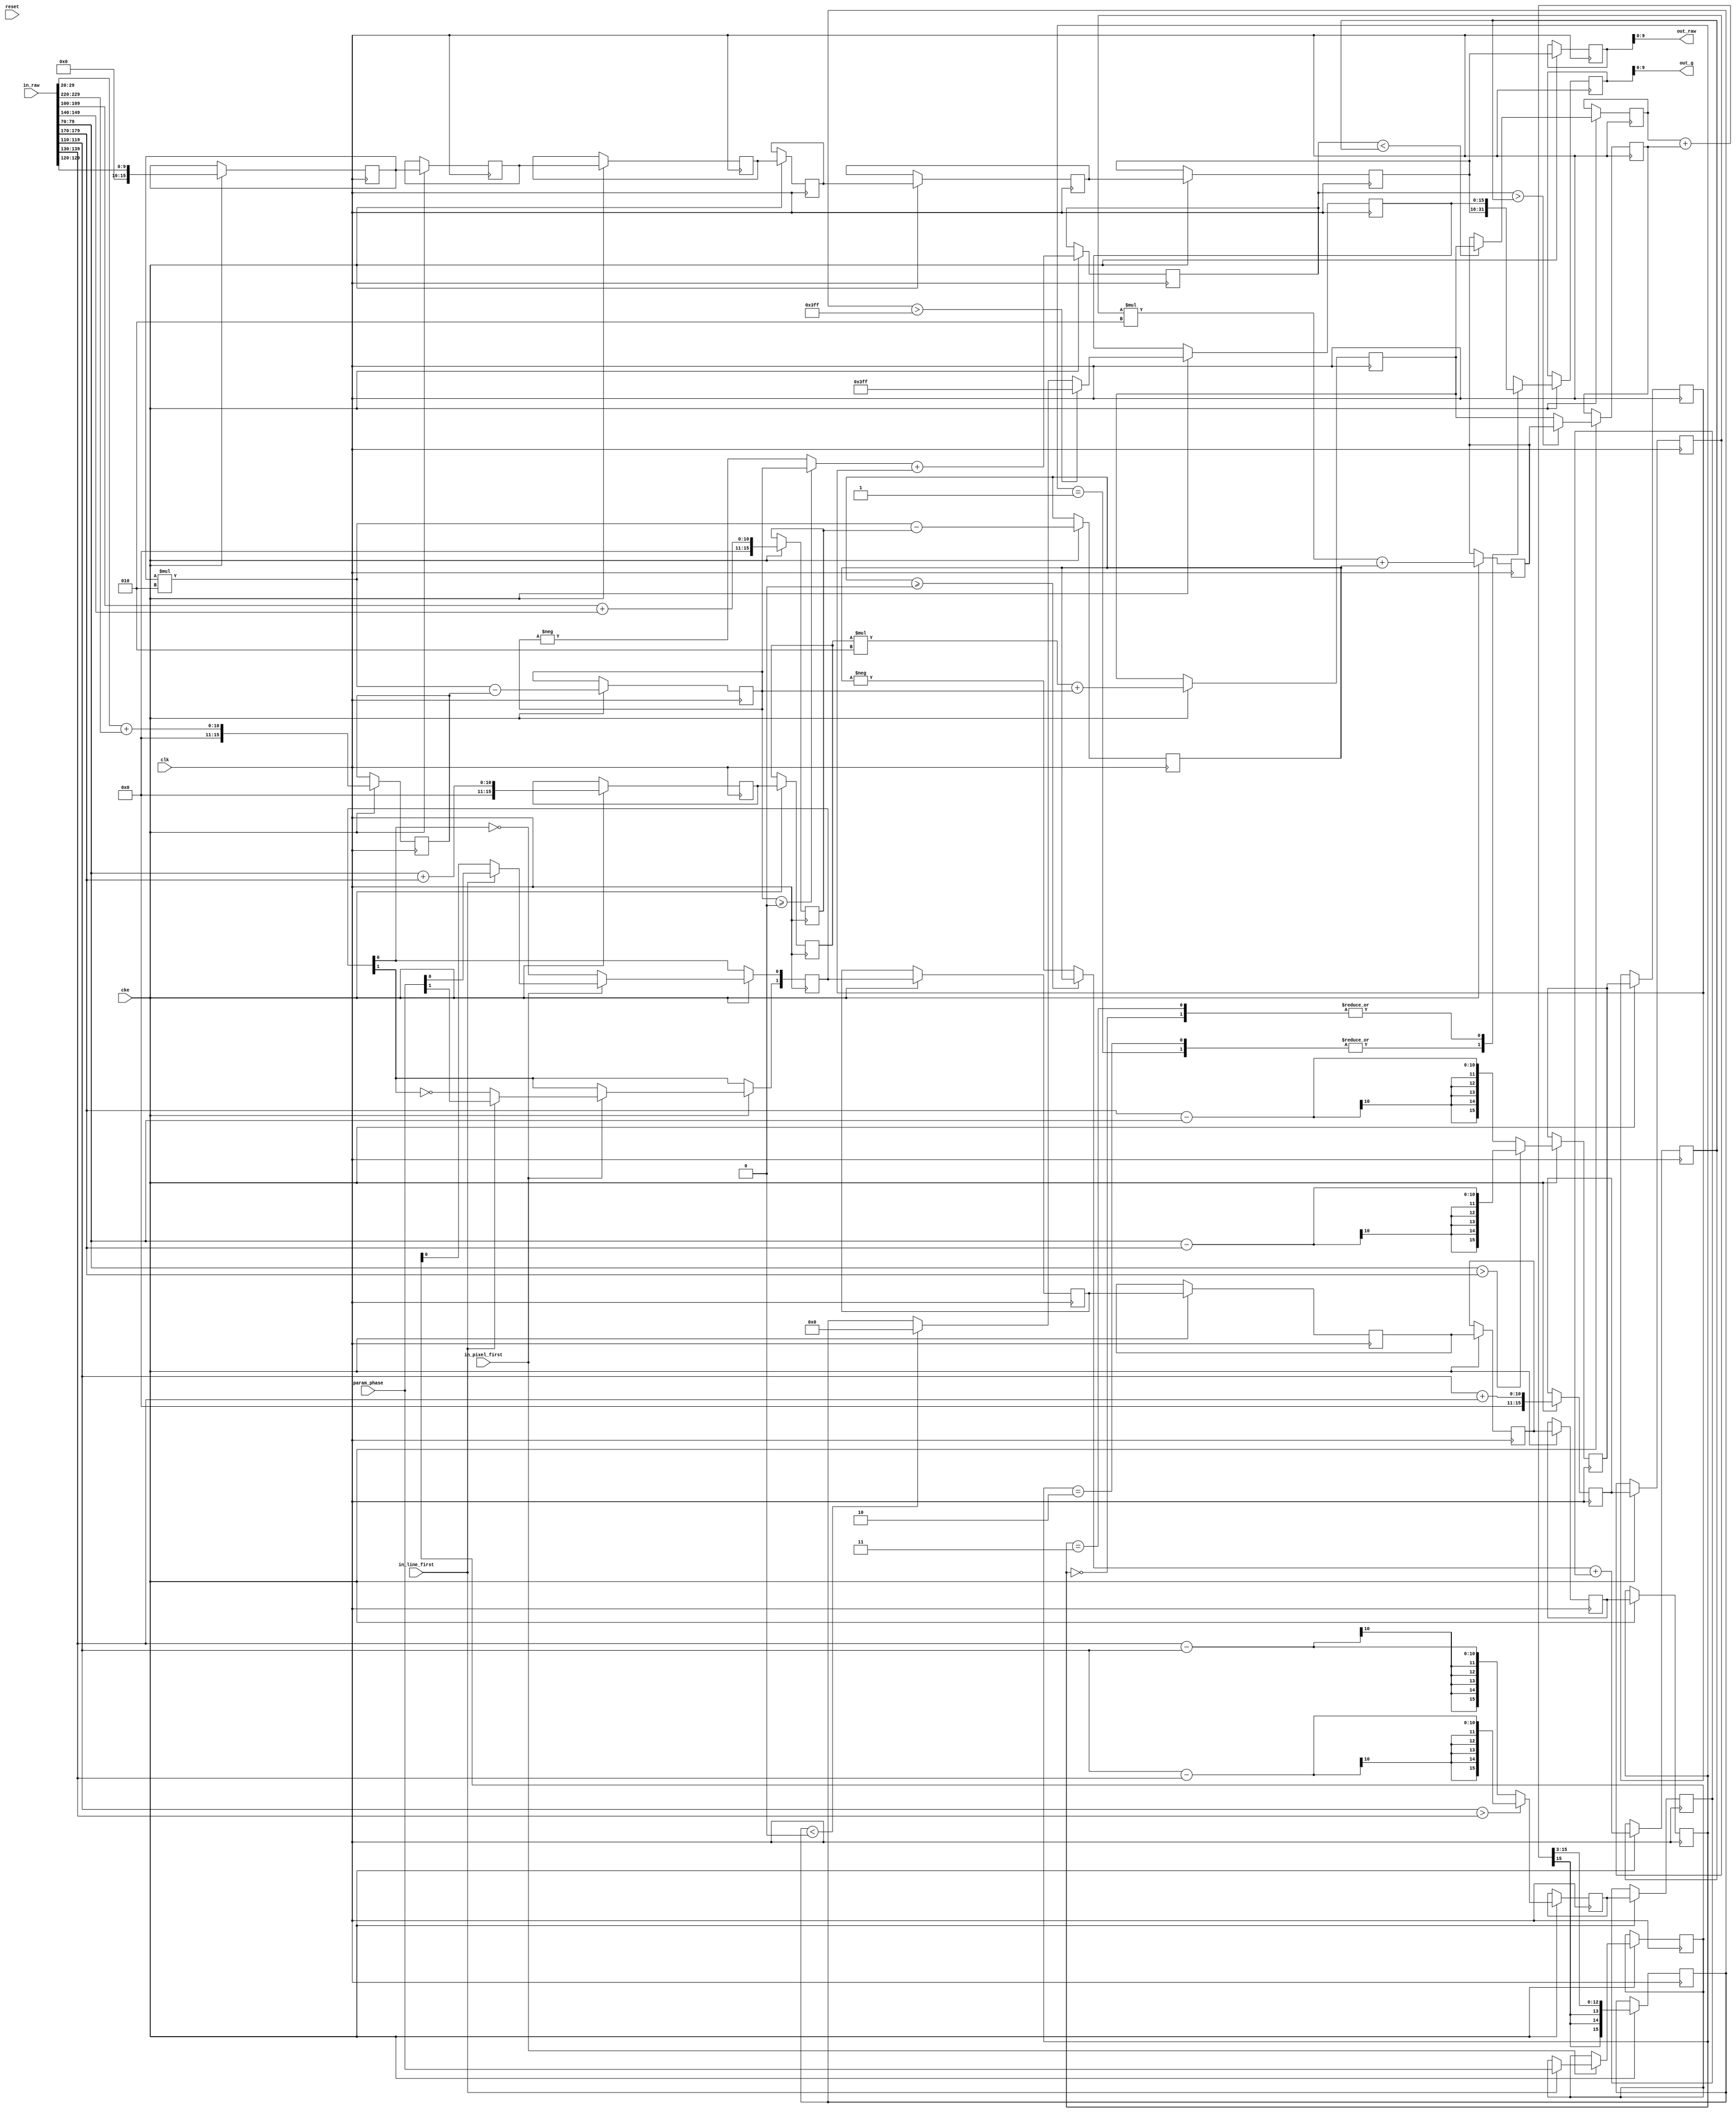
// This program was cloned from: https://github.com/ryuz/jelly
// License: MIT License

// ---------------------------------------------------------------------------
//  Jelly  -- The platform for real-time computing
//   image processing
//
//                                 Copyright (C) 2008-2016 by Ryuz
//                                 https://github.com/ryuz/jelly.git
// ---------------------------------------------------------------------------



`timescale 1ns / 1ps
`default_nettype none


module jelly_img_demosaic_acpi_g_calc
        #(
            parameter   DATA_WIDTH = 10
        )
        (
            input   wire                            reset,
            input   wire                            clk,
            input   wire                            cke,

            input   wire    [1:0]                   param_phase,

            input   wire                            in_line_first,
            input   wire                            in_pixel_first,
            input   wire    [5*5*DATA_WIDTH-1:0]    in_raw,
            
            output  wire    [DATA_WIDTH-1:0]        out_raw,
            output  wire    [DATA_WIDTH-1:0]        out_g
        );
    
    
    // 
    localparam      CALC_WIDTH = DATA_WIDTH + 6;
    
    wire    signed  [CALC_WIDTH-1:0]    max_value = {6'd0, {DATA_WIDTH{1'b1}}};
    wire    signed  [CALC_WIDTH-1:0]    min_value = {6'd0, {DATA_WIDTH{1'b0}}};
    
    function signed [CALC_WIDTH-1:0]    abs(input signed [CALC_WIDTH-1:0] a);
    begin
        abs = a >= 0 ? a : -a;
    end
    endfunction
    
    function signed [CALC_WIDTH-1:0]    absdiff(input signed [CALC_WIDTH-1:0] a, input signed [CALC_WIDTH-1:0] b);
    begin
        absdiff = a > b ? a - b : b - a;
    end
    endfunction
    
    
    wire    signed  [CALC_WIDTH-1:0]    in_raw11 = {6'd0, in_raw[(0*5+0)*DATA_WIDTH +: DATA_WIDTH]};
    wire    signed  [CALC_WIDTH-1:0]    in_raw12 = {6'd0, in_raw[(0*5+1)*DATA_WIDTH +: DATA_WIDTH]};
    wire    signed  [CALC_WIDTH-1:0]    in_raw13 = {6'd0, in_raw[(0*5+2)*DATA_WIDTH +: DATA_WIDTH]};
    wire    signed  [CALC_WIDTH-1:0]    in_raw14 = {6'd0, in_raw[(0*5+3)*DATA_WIDTH +: DATA_WIDTH]};
    wire    signed  [CALC_WIDTH-1:0]    in_raw15 = {6'd0, in_raw[(0*5+4)*DATA_WIDTH +: DATA_WIDTH]};
    wire    signed  [CALC_WIDTH-1:0]    in_raw21 = {6'd0, in_raw[(1*5+0)*DATA_WIDTH +: DATA_WIDTH]};
    wire    signed  [CALC_WIDTH-1:0]    in_raw22 = {6'd0, in_raw[(1*5+1)*DATA_WIDTH +: DATA_WIDTH]};
    wire    signed  [CALC_WIDTH-1:0]    in_raw23 = {6'd0, in_raw[(1*5+2)*DATA_WIDTH +: DATA_WIDTH]};
    wire    signed  [CALC_WIDTH-1:0]    in_raw24 = {6'd0, in_raw[(1*5+3)*DATA_WIDTH +: DATA_WIDTH]};
    wire    signed  [CALC_WIDTH-1:0]    in_raw25 = {6'd0, in_raw[(1*5+4)*DATA_WIDTH +: DATA_WIDTH]};
    wire    signed  [CALC_WIDTH-1:0]    in_raw31 = {6'd0, in_raw[(2*5+0)*DATA_WIDTH +: DATA_WIDTH]};
    wire    signed  [CALC_WIDTH-1:0]    in_raw32 = {6'd0, in_raw[(2*5+1)*DATA_WIDTH +: DATA_WIDTH]};
    wire    signed  [CALC_WIDTH-1:0]    in_raw33 = {6'd0, in_raw[(2*5+2)*DATA_WIDTH +: DATA_WIDTH]};
    wire    signed  [CALC_WIDTH-1:0]    in_raw34 = {6'd0, in_raw[(2*5+3)*DATA_WIDTH +: DATA_WIDTH]};
    wire    signed  [CALC_WIDTH-1:0]    in_raw35 = {6'd0, in_raw[(2*5+4)*DATA_WIDTH +: DATA_WIDTH]};
    wire    signed  [CALC_WIDTH-1:0]    in_raw41 = {6'd0, in_raw[(3*5+0)*DATA_WIDTH +: DATA_WIDTH]};
    wire    signed  [CALC_WIDTH-1:0]    in_raw42 = {6'd0, in_raw[(3*5+1)*DATA_WIDTH +: DATA_WIDTH]};
    wire    signed  [CALC_WIDTH-1:0]    in_raw43 = {6'd0, in_raw[(3*5+2)*DATA_WIDTH +: DATA_WIDTH]};
    wire    signed  [CALC_WIDTH-1:0]    in_raw44 = {6'd0, in_raw[(3*5+3)*DATA_WIDTH +: DATA_WIDTH]};
    wire    signed  [CALC_WIDTH-1:0]    in_raw45 = {6'd0, in_raw[(3*5+4)*DATA_WIDTH +: DATA_WIDTH]};
    wire    signed  [CALC_WIDTH-1:0]    in_raw51 = {6'd0, in_raw[(4*5+0)*DATA_WIDTH +: DATA_WIDTH]};
    wire    signed  [CALC_WIDTH-1:0]    in_raw52 = {6'd0, in_raw[(4*5+1)*DATA_WIDTH +: DATA_WIDTH]};
    wire    signed  [CALC_WIDTH-1:0]    in_raw53 = {6'd0, in_raw[(4*5+2)*DATA_WIDTH +: DATA_WIDTH]};
    wire    signed  [CALC_WIDTH-1:0]    in_raw54 = {6'd0, in_raw[(4*5+3)*DATA_WIDTH +: DATA_WIDTH]};
    wire    signed  [CALC_WIDTH-1:0]    in_raw55 = {6'd0, in_raw[(4*5+4)*DATA_WIDTH +: DATA_WIDTH]};
    
    reg             [1:0]               reg_param_phase;

    reg             [1:0]               st0_phase;
    reg     signed  [CALC_WIDTH-1:0]    st0_raw;
    reg     signed  [CALC_WIDTH-1:0]    st0_a0;
    reg     signed  [CALC_WIDTH-1:0]    st0_a1;
    reg     signed  [CALC_WIDTH-1:0]    st0_b0;
    reg     signed  [CALC_WIDTH-1:0]    st0_b1;
    reg     signed  [CALC_WIDTH-1:0]    st0_v;
    reg     signed  [CALC_WIDTH-1:0]    st0_h;
    
    reg             [1:0]               st1_phase;
    reg     signed  [CALC_WIDTH-1:0]    st1_raw;
    reg     signed  [CALC_WIDTH-1:0]    st1_a0;
    reg     signed  [CALC_WIDTH-1:0]    st1_a1;
    reg     signed  [CALC_WIDTH-1:0]    st1_b0;
    reg     signed  [CALC_WIDTH-1:0]    st1_b1;
    reg     signed  [CALC_WIDTH-1:0]    st1_v;
    reg     signed  [CALC_WIDTH-1:0]    st1_h;
    
    reg             [1:0]               st2_phase;
    reg     signed  [CALC_WIDTH-1:0]    st2_raw;
    reg     signed  [CALC_WIDTH-1:0]    st2_a;
    reg     signed  [CALC_WIDTH-1:0]    st2_b;
    reg     signed  [CALC_WIDTH-1:0]    st2_v;
    reg     signed  [CALC_WIDTH-1:0]    st2_h;
    
    reg             [1:0]               st3_phase;
    reg     signed  [CALC_WIDTH-1:0]    st3_raw;
    reg     signed  [CALC_WIDTH-1:0]    st3_g0;
    reg     signed  [CALC_WIDTH-1:0]    st3_g1;
    
    reg             [1:0]               st4_phase;
    reg     signed  [CALC_WIDTH-1:0]    st4_raw;
    reg     signed  [CALC_WIDTH-1:0]    st4_g;
    
    reg             [1:0]               st5_phase;
    reg     signed  [CALC_WIDTH-1:0]    st5_raw;
    reg     signed  [CALC_WIDTH-1:0]    st5_g;

    reg             [1:0]               st6_phase;
    reg     signed  [CALC_WIDTH-1:0]    st6_raw;
    reg     signed  [CALC_WIDTH-1:0]    st6_g;
    
    always @(posedge clk) begin
        if ( cke ) begin
            // stage 0
            st0_phase[0] <= ~st0_phase[0];
            if ( in_pixel_first ) begin
                if ( in_line_first ) begin
                    reg_param_phase <= param_phase;
                    st0_phase       <= param_phase;
                end
                else begin
                    st0_phase[0] <= reg_param_phase[0];
                    st0_phase[1] <= ~st0_phase[1];
                end
            end

            st0_raw <= in_raw33;
            st0_a0  <= in_raw13 + in_raw53;
            st0_a1  <= absdiff(in_raw23, in_raw43);
            st0_b0  <= in_raw31 + in_raw35;
            st0_b1  <= absdiff(in_raw32, in_raw34);
            st0_v   <= in_raw23 + in_raw43;
            st0_h   <= in_raw32 + in_raw34;
            

            // stage 1
            st1_phase <= st0_phase;
            st1_raw   <= st0_raw;
            st1_a0    <= st0_raw * 2 - st0_a0;
            st1_a1    <= st0_a1;
            st1_b0    <= st0_raw * 2 - st0_b0;
            st1_b1    <= st0_b1;
            st1_v     <= st0_v;
            st1_h     <= st0_h;
            
            // stage 2
            st2_phase <= st1_phase;
            st2_raw   <= st1_raw;
            st2_a     <= abs(st1_a0) + st1_a1;
            st2_b     <= abs(st1_b0) + st1_b1;
            st2_v     <= st1_v * 2 + st1_a0;
            st2_h     <= st1_h * 2 + st1_b0;
            
            // stage 3
            st3_phase <= st2_phase;
            st3_raw   <= st2_raw;
            st3_g0    <= (st2_a < st2_b ? st2_v : st2_h);
            st3_g1    <= (st2_a > st2_b ? st2_h : st2_v);
            
            // stage 4
            st4_phase <= st3_phase;
            st4_raw   <= st3_raw;
            st4_g     <= (st3_g0 + st3_g1) >>> 3;
            
            // stage 5
            st5_phase <= st4_phase;
            st5_raw   <= st4_raw;
            st5_g     <= st4_g;
            if ( st4_g < min_value ) begin st5_g <= min_value; end
            if ( st4_g > max_value ) begin st5_g <= max_value; end

            // stage 6
            st6_raw <= st5_raw;
            case ( st5_phase )
            2'b00:  begin st6_g <= st5_g;   end
            2'b01:  begin st6_g <= st5_raw; end
            2'b10:  begin st6_g <= st5_raw; end
            2'b11:  begin st6_g <= st5_g;   end
            endcase
        end
    end
    
    assign  out_raw  = st6_raw[DATA_WIDTH-1:0];
    assign  out_g    = st6_g  [DATA_WIDTH-1:0];
    
endmodule


`default_nettype wire


// end of file